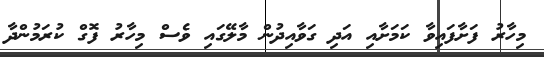
މިހާރު ފަށާފައިވާ ކަމަށާއި އަދި ގަވާއިދުން މާލޭގައި ވެސް މިހާރު ފޮގް ކުރަމުންދާ